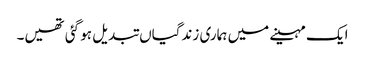
ایک مہینے میں ہماری زندگیاں تبدیل ہو گئی تھیں۔